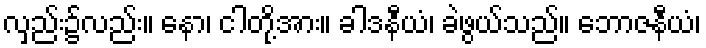
လှည်း၌လည်း။ နော၊ ငါတို့အား။ ခါဒနီယံ၊ ခဲဖွယ်သည်။ ဘောဇနီယံ၊